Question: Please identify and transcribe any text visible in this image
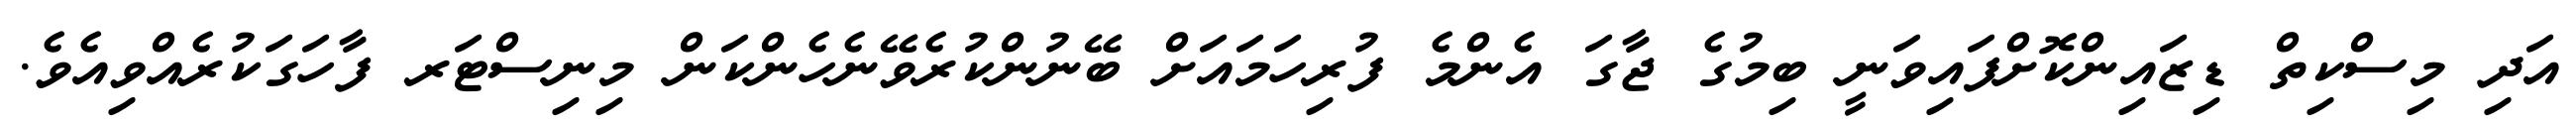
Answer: އަދި މިސްކިތް ޑިޒައިންކޮށްފައިވަނީ ބިމުގެ ޖާގަ އެންމެ ފުރިހަމައަށް ބޭނުންކުރެވޭނެހެންކަން މިނިސްޓަރ ފާހަގަކުރެއްވިއެވެ.